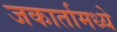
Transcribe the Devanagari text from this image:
जकार्तामध्ये